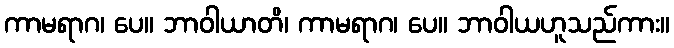
ကာမရာဂ၊ ပေ။ ဘာဝါယာတိ၊ ကာမရာဂ၊ ပေ။ ဘာဝါယဟူသည်ကား။